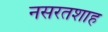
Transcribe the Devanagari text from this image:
नसरतशाह